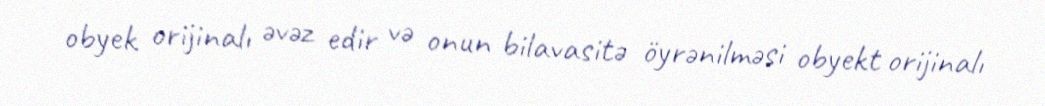
obyek orijinalı əvəz edir və onun bilavasitə öyrənilməsi obyekt orijinalı